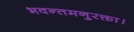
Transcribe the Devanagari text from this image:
भवन्तमनुरक्ता।